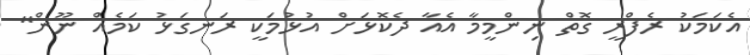
އެކަމަކު ރެފްރީ ގޮތް ނިންމީމާ އެއާ ދެކޮޅަށް އުޅުމަކީ ރަނގަޅު ކަމެއް ނޫން"